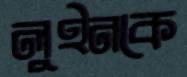
লুইনকে